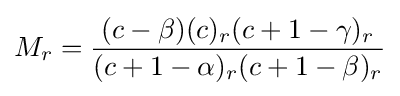
M_{r}={\frac {(c-\beta )(c)_{r}(c+1-\gamma )_{r}}{(c+1-\alpha )_{r}(c+1-\beta )_{r}}}